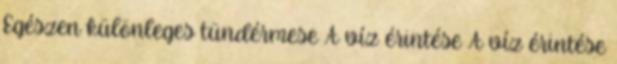
Egészen különleges tündérmese A víz érintése A víz érintése